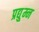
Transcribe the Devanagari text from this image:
प्रद्यु्म्न